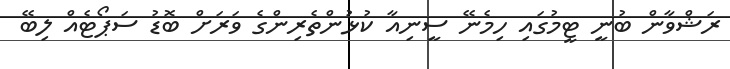
ރަޝްވާން ބުނީ ޓީމުގައި ހިމެނޭ ސީނިއާ ކުޅުންތެރިންގެ ވަރަށް ބޮޑު ސަޕޯޓެއް ލިބޭ